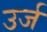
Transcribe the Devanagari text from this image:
उर्ज